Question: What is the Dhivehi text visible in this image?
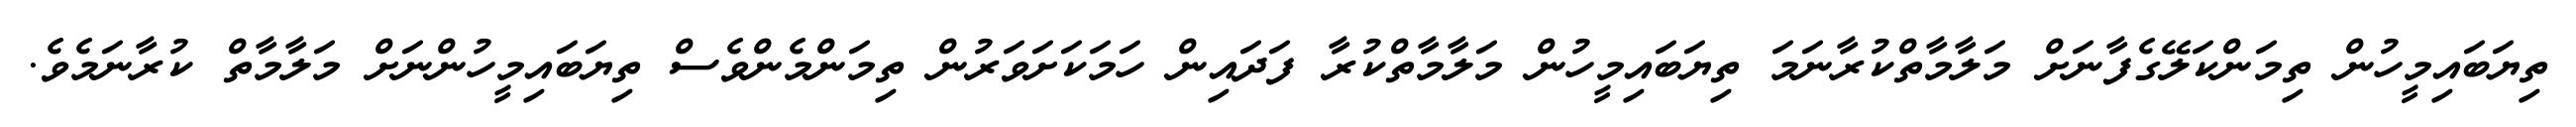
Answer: ތިޔަބައިމީހުން ތިމަންކަލޭގެފާނަށް މަލާމާތްކުރާނަމަ ތިޔަބައިމީހުން މަލާމާތްކުރާ ފަދައިން ހަމަކަށަވަރުން ތިމަންމެންވެސް ތިޔަބައިމީހުންނަށް މަލާމާތް ކުރާނަމެވެ.